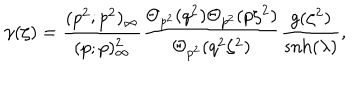
\gamma ( \zeta ) = \frac { ( p ^ { 2 } ; p ^ { 2 } ) _ { \infty } } { ( p ; p ) _ { \infty } ^ { 2 } } \frac { \Theta _ { p ^ { 2 } } ( q ^ { 2 } ) \Theta _ { p ^ { 2 } } ( p \zeta ^ { 2 } ) } { \Theta _ { p ^ { 2 } } ( q ^ { 2 } \zeta ^ { 2 } ) } \frac { g ( \zeta ^ { 2 } ) } { \mathrm { s n h } ( \lambda ) } ,